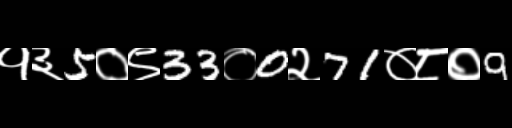
Text: १३5०९33०0२71०८०9